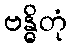
ဗန္ဓိတုံ